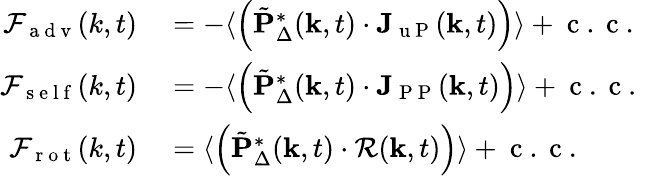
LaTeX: \begin{array}{rl}{\mathcal{F}_{\mathrm{~a~d~v~}}(k,t)}&{{}=-\langle\left(\tilde{\mathbf{P}}_{\Delta}^{\ast}(\mathbf{k},t)\cdot\mathbf{J}_{\mathrm{~u~P~}}(\mathbf{k},t)\right)\rangle+\mathrm{~c~.~c~.~}}\\ {\mathcal{F}_{\mathrm{~s~e~l~f~}}(k,t)}&{{}=-\langle\left(\tilde{\mathbf{P}}_{\Delta}^{\ast}(\mathbf{k},t)\cdot\mathbf{J}_{\mathrm{~P~P~}}(\mathbf{k},t)\right)\rangle+\mathrm{~c~.~c~.~}}\\ {\mathcal{F}_{\mathrm{~r~o~t~}}(k,t)}&{{}=\langle\left(\tilde{\mathbf{P}}_{\Delta}^{\ast}(\mathbf{k},t)\cdot\mathbf{\mathcal{R}}(\mathbf{k},t)\right)\rangle+\mathrm{~c~.~c~.~}}\end{array}